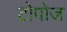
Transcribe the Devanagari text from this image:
टोपोज